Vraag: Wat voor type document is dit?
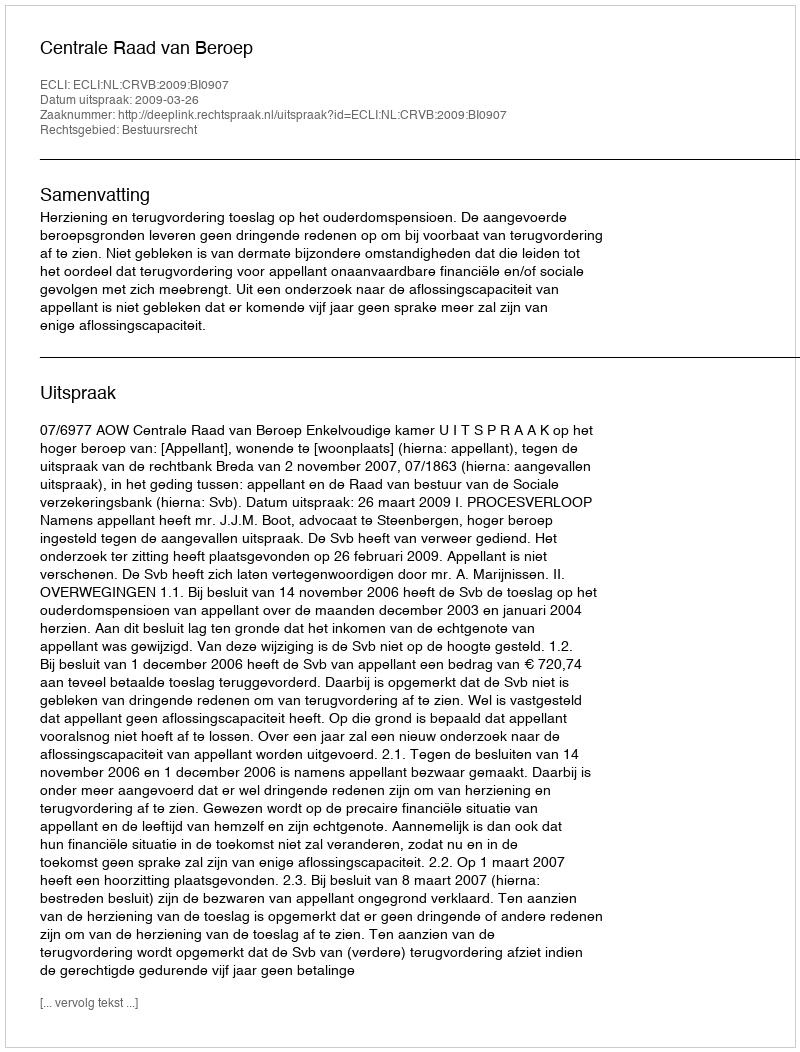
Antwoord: Uitspraak